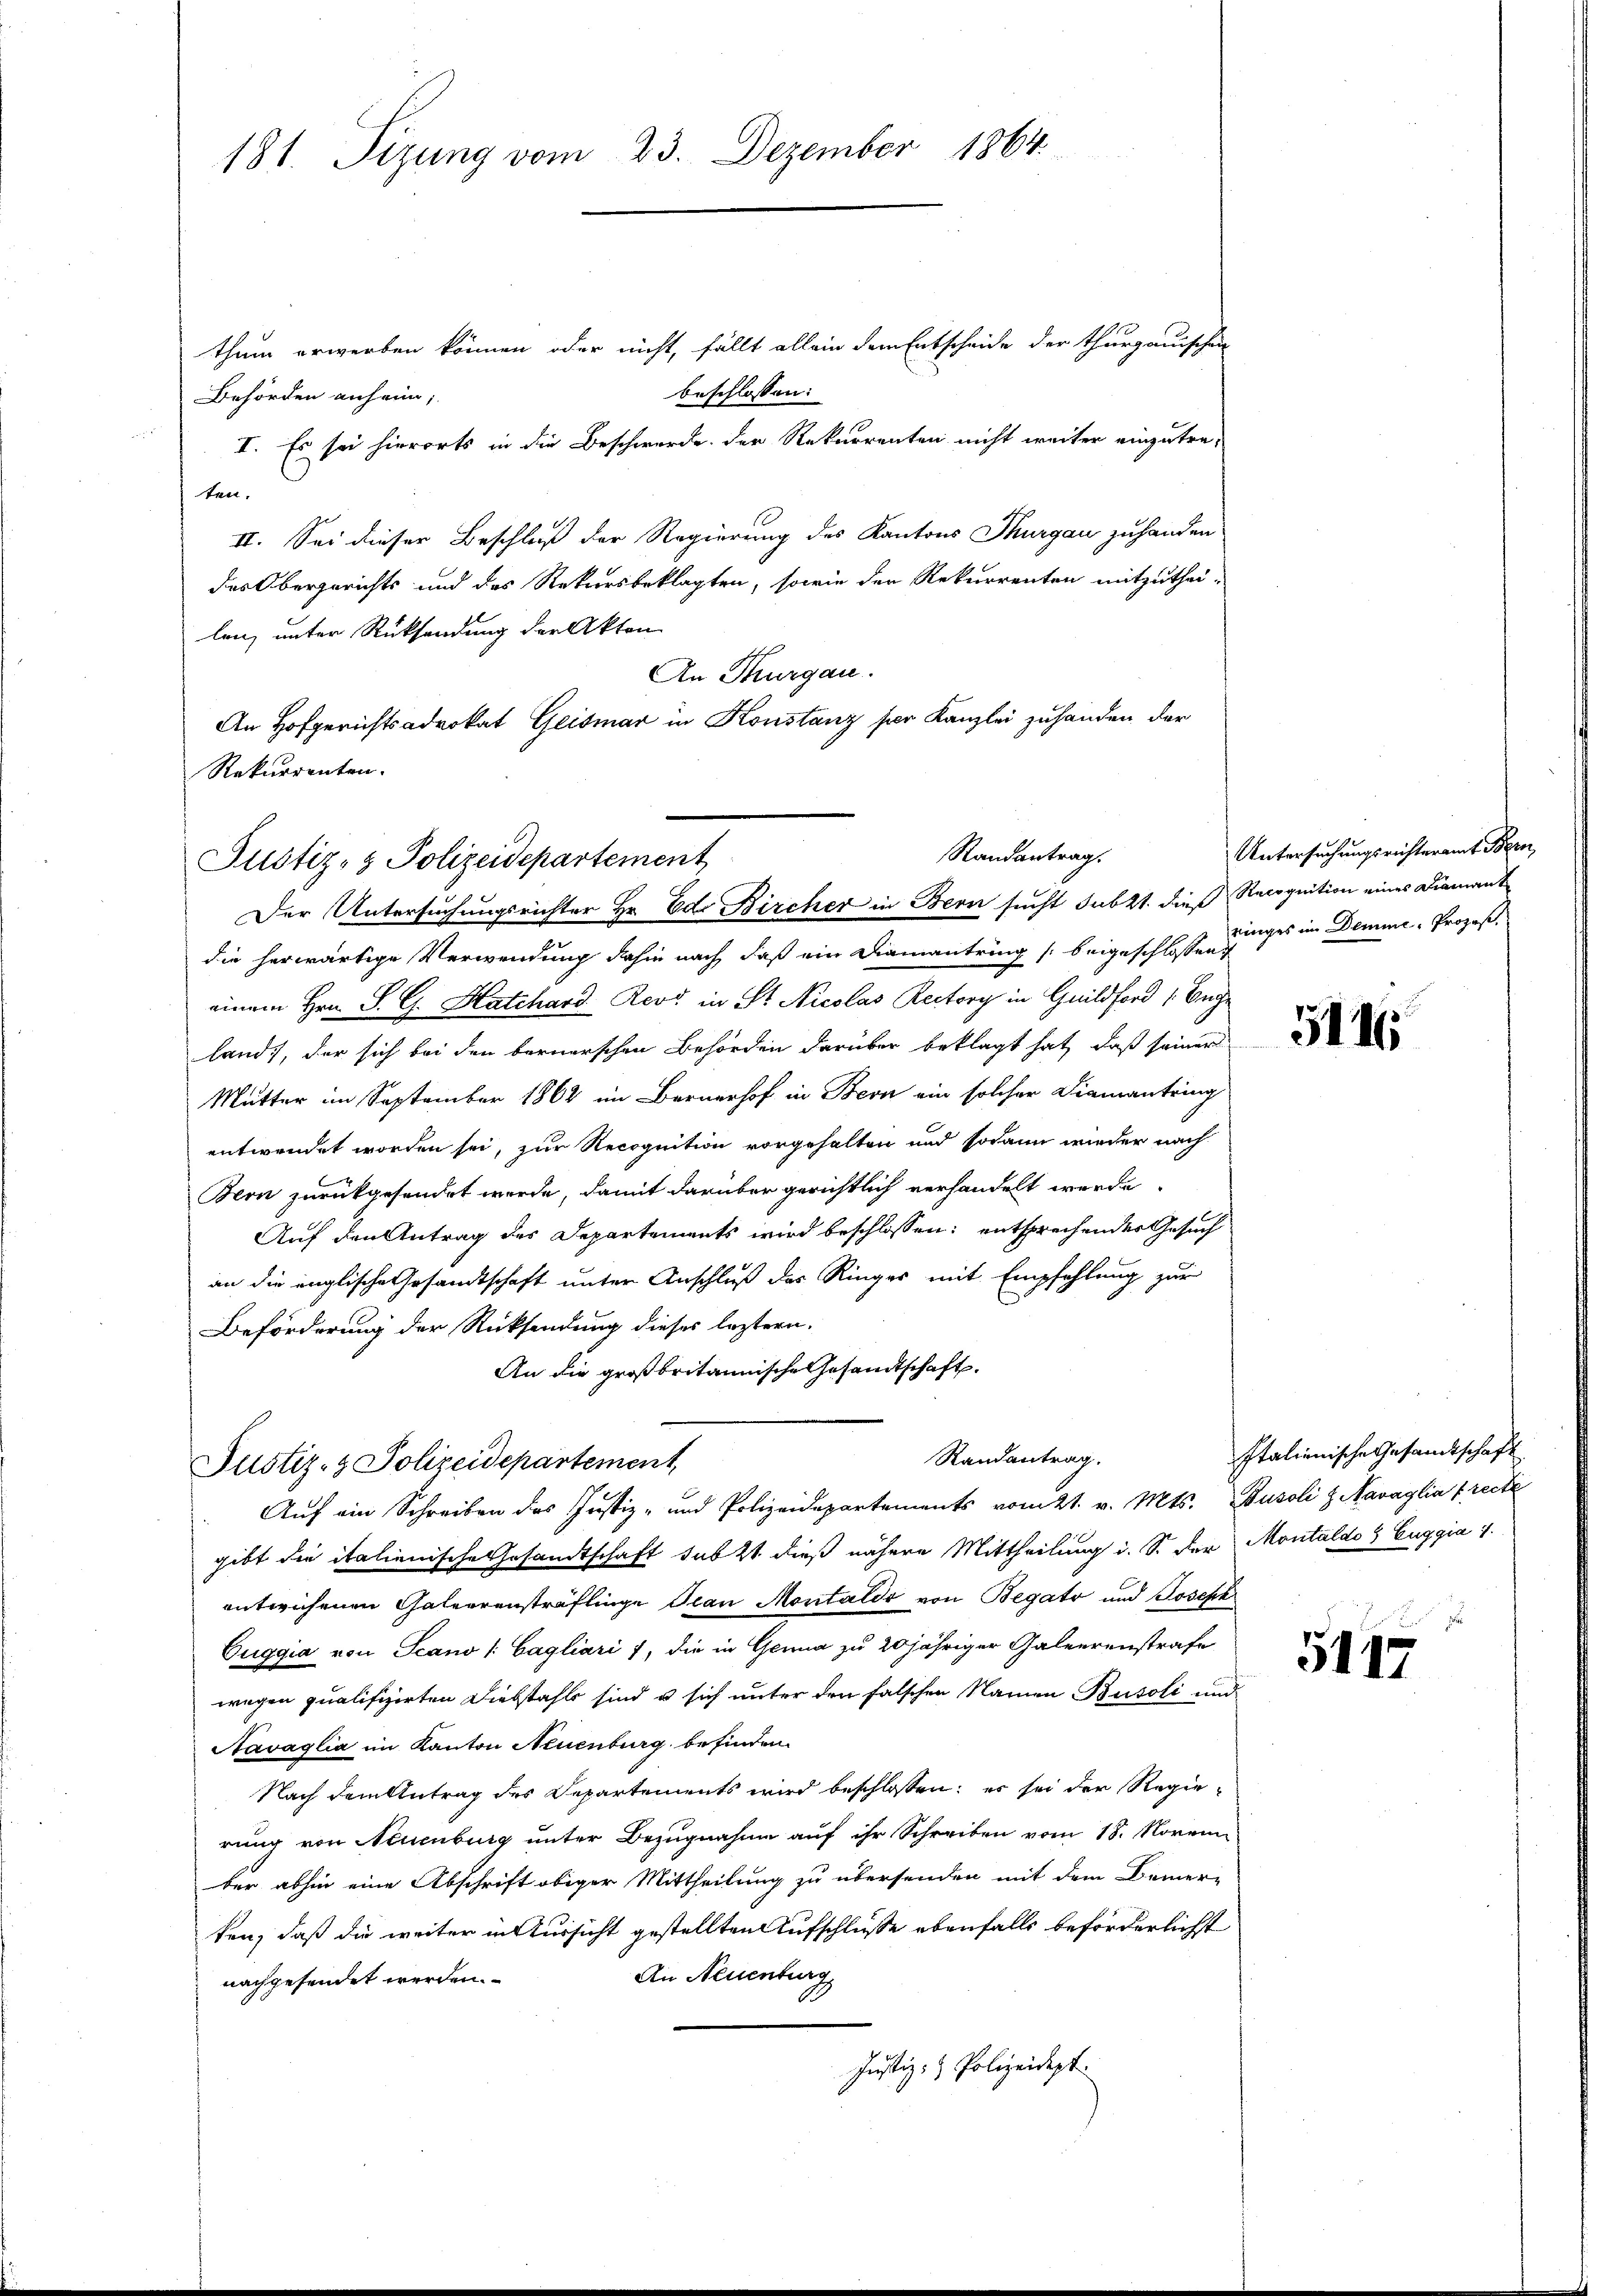
181. Sizung vom 23. Dezember 1864.

thum erwerben können oder nicht, fällt allein dem Entscheide der Thurgauischen
beschlossen:
Behörden anheim;
I. Es sei hierorts in die Beschwerde der Rekurrenten nicht weiter einzutre-
ten.
II. Sei dieser Beschluß der Regierung des Kantons Thurgau zuhanden
des Obergerichts und des Rekursbeklagten, sowie der Rekurrenten mitzuthei-
len, unter Rücksendung der Akten
An Thurgau.
An Hofgerichtsadvokat Geismar in Konstanz ser Kanzlei zuhanden der
Rekurrenten.

Randantrag.
Justiz- & Polizeidepartement
Der Untersuchungsrichter Hr. Ed. Bircher in Bern sucht sub 2t. die Recognition eines Diamant

die herwärtige Verwendung dahin nach, daß ein Diamantring (beigeschlossen zuges im Demme- Prozes
einem Hrn. S. G. Hatchard Revo in St. Nicolas Rectory in Guildford (Enge
land, der sich bei den bernerschen Behörden darüber beklagt hat, daß seiner
Mutter im September 1862 im Bernerhof in Bern ein solcher Diamantring
entwendet worden sei, zur Recognition vorgehalten und sodann wieder nach
Bern zurückgesendet werde, damit darüber gerichtlich verhandelt werde.
Auf den Antrag des Departements wird beschlossen: entsprechender Gesuch
an die englische Gesandtschaft unter Anschluß des Ringer mit Empfehlung zur
Beförderung der Rücksendung dieses leztern.
An die großbritannische Gesandtschaft.
 Auf ein Schreiben des Justiz- und Polizeidepartements vom 21. v. Mts. Busoli & Navaglia (recte
gibt die italienische Gesandtschaft subst dieß nähere Mittheilung i. S. Der Montaldo 9 Euggia 1.
entwichenen Galeerensträflinge Trau Montaldo von Begato und Joseph
Euggia von Scano l: Cagliari 7, die in Genua zu 20jähriger Galeerenstrafe
wegen qualifizirten Diebstahls sind u sich unter den falschen Namen Busoli und
Navaglia im Kanton Neuenburg befinden.
Nach dem Antrag des Departements wird beschlossen: es sei der Regie-
rung von Neuenburg unter Bezugnahme auf ihr Schreiben vom 18. Novem
ber abhin eine Abschrift obiger Mittheilung zu übersenden mit dem Bemer-
ken, daß die weiter in Aussicht gestellten Aufschlusse ebenfalls beförderlichst
An Neuenburg
nachgesendet werden.
Justiz- & Polizeidept.

Justiz- & Polizeidepartement

Randantrag.

Untersuchungsrichteramt Bern,

5116

Italienische Gesamtschaft

5417